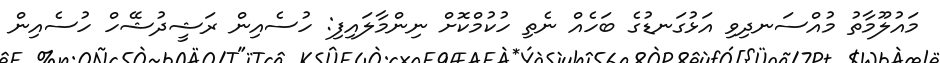
މައުލޫމާތު މުއްސަނދިވި އަޅުގަނޑުގެ ބަހެއް ނެތި ހުކުމްކޮށް ނިންމާލައިފި: ހުސެއިން ރަޝީދުޝޭހް ހުސެއިން